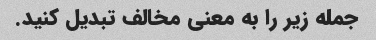
جمله زیر را به معنی مخالف تبدیل کنید.